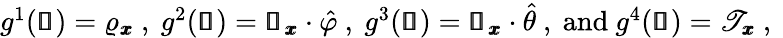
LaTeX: \begin{array}{r}{g^{1}(\pmb{\mathscr{s}})=\varrho_{\pmb{x}}\mathrm{~,~}g^{2}(\pmb{\mathscr{s}})=\pmb{\mathscr{u}}_{\pmb{x}}\cdot\hat{\varphi}\mathrm{~,~}g^{3}(\pmb{\mathscr{s}})=\pmb{\mathscr{u}}_{\pmb{x}}\cdot\hat{\theta}\mathrm{~,~and~}g^{4}(\pmb{\mathscr{s}})=\mathscr{T}_{\pmb{x}}\mathrm{~,~}}\end{array}